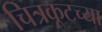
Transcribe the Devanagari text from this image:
चित्रकूटच्या